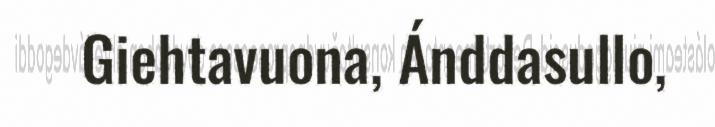
Giehtavuona, Ánddasullo,